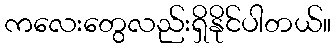
ကလေးတွေလည်းရှိနိုင်ပါတယ်။